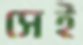
সেই